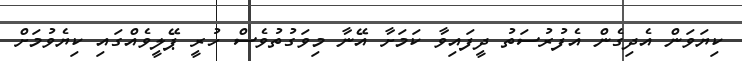
ކިޔަވަން އެދިގެން އެފުރުސަތު ދީފައިވާ ކަމަށާ އޭނާ މިވަގުތުވެސް ހުރީ ޕޭލީވެއްގައި ކިޔެވުމަށް